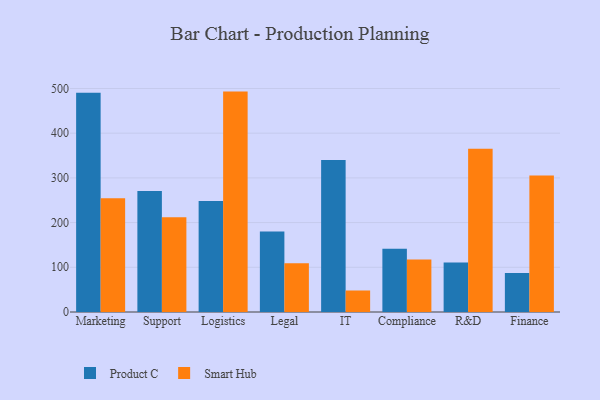
{"axis": {"x": "Department", "y": "Temperature (°C)"}, "legend": ["Product C", "Smart Hub"], "data": [{"x": "Marketing", "y": 490.2, "type": "Product C"}, {"x": "Marketing", "y": 254.7, "type": "Smart Hub"}, {"x": "Support", "y": 270.8, "type": "Product C"}, {"x": "Support", "y": 211.7, "type": "Smart Hub"}, {"x": "Logistics", "y": 248.1, "type": "Product C"}, {"x": "Logistics", "y": 493.0, "type": "Smart Hub"}, {"x": "Legal", "y": 180.2, "type": "Product C"}, {"x": "Legal", "y": 108.9, "type": "Smart Hub"}, {"x": "IT", "y": 340.0, "type": "Product C"}, {"x": "IT", "y": 48.1, "type": "Smart Hub"}, {"x": "Compliance", "y": 141.4, "type": "Product C"}, {"x": "Compliance", "y": 117.2, "type": "Smart Hub"}, {"x": "R&D", "y": 110.6, "type": "Product C"}, {"x": "R&D", "y": 365.3, "type": "Smart Hub"}, {"x": "Finance", "y": 87.0, "type": "Product C"}, {"x": "Finance", "y": 305.4, "type": "Smart Hub"}]}